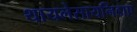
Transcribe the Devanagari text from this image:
थायलेसायनिडाए